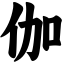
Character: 伽